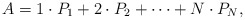
\begin{align*} A = 1\cdot P_1 + 2\cdot P_2 + \cdots + N\cdot P_N, \end{align*}